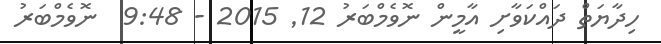
ހިދާޔަތް ދައްކަވާށި އާމީން ނޮވެމްބަރު 12